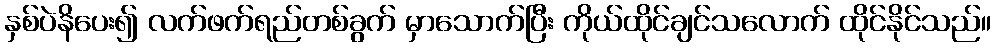
နှစ်ပဲနိပေး၍ လက်ဖက်ရည်တစ်ခွက် မှာသောက်ပြီး ကိုယ်ထိုင်ချင်သလောက် ထိုင်နိုင်သည်။